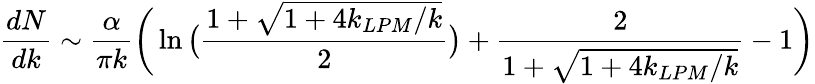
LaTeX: {\frac{dN}{dk}}\sim{\frac{\alpha}{\pi k}}\bigg(\ln{\big({\frac{1+\sqrt{1+4k_{LPM}/k}}{2}}\big)}+{\frac{2}{1+\sqrt{1+4k_{LPM}/k}}}-1\bigg)